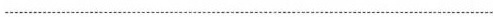
___